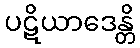
ပဋိယာဒေန္တိ